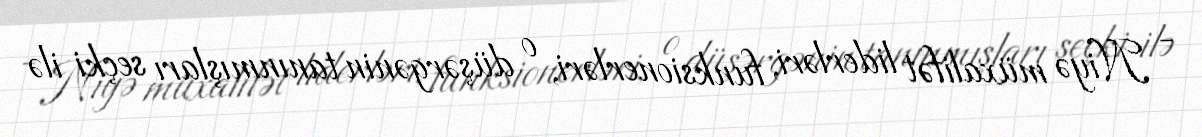
- Niyə müxalifət liderləri, funksionerləri, o düşərgənin tanınmışları seçki ilə